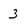
Character: 3